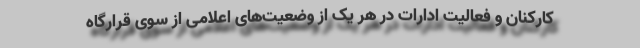
کارکنان و فعالیت ادارات در هر یک از وضعیت‌های اعلامی از سوی قرارگاه